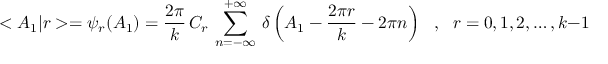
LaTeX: < A _ { 1 } | r > = \psi _ { r } ( A _ { 1 } ) = \frac { 2 \pi } { k } \, C _ { r } \, \sum _ { n = - \infty } ^ { + \infty } \, \delta \left( A _ { 1 } - \frac { 2 \pi r } { k } - 2 \pi n \right) \ \ \ , \ \ \ r = 0 , 1 , 2 , \dots , k - 1 \ \ \ ,